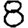
Digit: 8